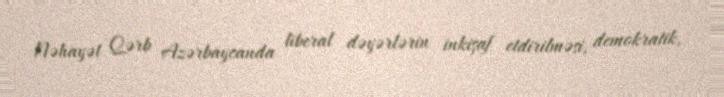
Nəhayət Qərb Azərbaycanda liberal dəyərlərin inkişaf etdirilməsi, demokratik,